Rangoon Lunatic Asylum 1893-1897 - 1893-1897
Year: 1893
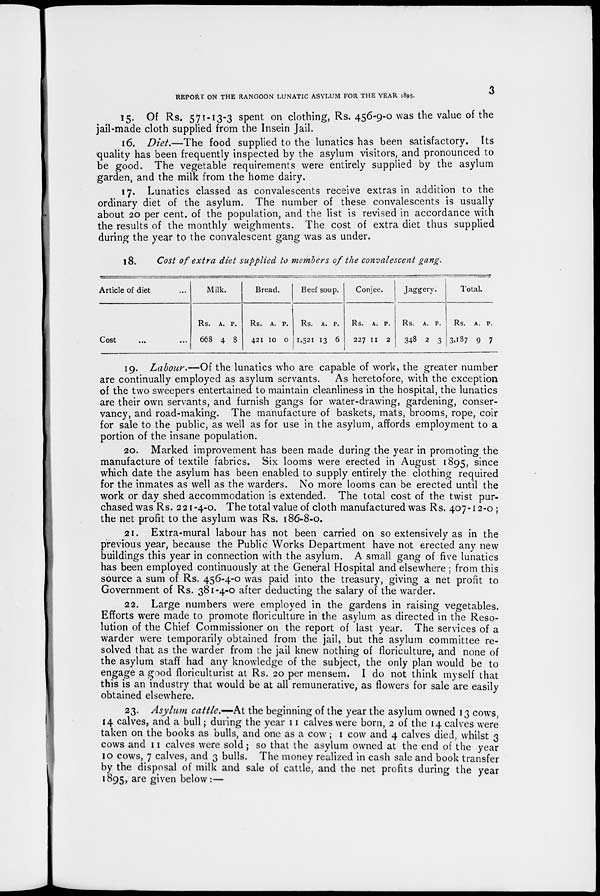
REPORT ON THE RANGOON LUNATIC ASYLUM FOR THE YEAR 1895.
3
15. Of Rs. 571-13-3 spent on clothing, Rs. 456-9-0 was the value of the
jail-made cloth supplied from the Insein Jail.
16. Diet.—The food supplied to the lunatics has been satisfactory. Its
quality has been frequently inspected by the asylum visitors, and pronounced to
be good. The vegetable requirements were entirely supplied by the asylum
garden, and the milk from the home dairy.
17. Lunatics classed as convalescents receive extras in addition to the
ordinary diet of the asylum. The number of these convalescents is usually
about 20 per cent. of the population, and the list is revised in accordance with
the results of the monthly weighments. The cost of extra diet thus supplied
during the year to the convalescent gang was as under.
18.
Cost of extra diet supplied to members of the convalescent gang.
Article of diet ...
Cost ... ...
Milk.
Rs.
668
A.
4
P.
8
Bread.
Rs.
421
A.
10
P.
0
Beef soup.
Rs.
1,521
A.
13
P.
6
Conjee.
Rs.
227
A.
11
P.
2
Jaggery.
Rs.
348
A.
2
P.
3
Total.
Rs.
3,187
A.
9
P.
7
19. Labour.—Of the lunatics who are capable of work, the greater number
are continually employed as asylum servants. As heretofore, with the exception
of the two sweepers entertained to maintain cleanliness in the hospital, the lunatics
are their own servants, and furnish gangs for water-drawing, gardening, conser-
vancy, and road-making. The manufacture of baskets, mats, brooms, rope, coir
for sale to the public, as well as for use in the asylum, affords employment to a
portion of the insane population.
20. Marked improvement has been made during the year in promoting the
manufacture of textile fabrics. Six looms were erected in August 1895, since
which date the asylum has been enabled to supply entirely the clothing required
for the inmates as well as the warders. No more looms can be erected until the
work or day shed accommodation is extended. The total cost of the twist pur-
chased was Rs. 221-4-0. The total value of cloth manufactured was Rs. 407-12-0 ;
the net profit to the asylum was Rs. 186-8-0.
21. Extra-mural labour has not been carried on so extensively as in the
previous year, because the Public Works Department have not erected any new
buildings this year in connection with the asylum. A small gang of five lunatics
has been employed continuously at the General Hospital and elsewhere ; from this
source a sum of Rs. 456-4-0 was paid into the treasury, giving a net profit to
Government of Rs. 381-4-0 after deducting the salary of the warder.
22. Large numbers were employed in the gardens in raising vegetables.
Efforts were made to promote floriculture in the asylum as directed in the Reso-
lution of the Chief Commissioner on the report of last year. The services of a
warder were temporarily obtained from the jail, but the asylum committee re-
solved that as the warder from the jail knew nothing of floriculture, and none of
the asylum staff had any knowledge of the subject, the only plan would be to
engage a good floriculturist at Rs. 20 per mensem. I do not think myself that
this is an industry that would be at all remunerative, as flowers for sale are easily
obtained elsewhere.
23. Asylum cattle.—At the beginning of the year the asylum owned 13 cows,
14 calves, and a bull; during the year 11 calves were born, 2 of the 14 calves were
taken on the books as bulls, and one as a cow; 1 cow and 4 calves died, whilst 3
cows and 11 calves were sold ; so that the asylum owned at the end of the year
10 cows, 7 calves, and 3 bulls. The money realized in cash sale and book transfer
by the disposal of milk and sale of cattle, and the net profits during the year
1895, are given below:—